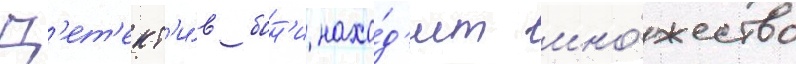
Д'ет'ект'и́в бон'и нахо́д'ит мно́жество